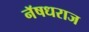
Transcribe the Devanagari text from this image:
नॅषधराज